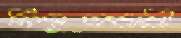
নিভৃতচারী